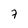
Character: 7